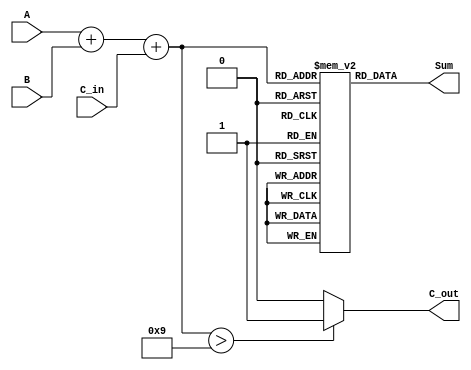
module BCD_LUT_Adder (
    input  [3:0] A,      // First BCD digit
    input  [3:0] B,      // Second BCD digit
    input        C_in,    // Carry-in
    output [3:0] Sum,     // BCD sum output
    output       C_out     // Carry-out
);

    // Intermediate sum (5 bits to accommodate carry)
    wire [4:0] S;
    assign S = A + B + C_in;

    // Look-Up Table for BCD correction
    reg [3:0] LUT [0:18]; // LUT for sums 0 to 18

    initial begin
        // Initialize the LUT with BCD valid outputs
        LUT[0]  = 4'b0000; // 0
        LUT[1]  = 4'b0001; // 1
        LUT[2]  = 4'b0010; // 2
        LUT[3]  = 4'b0011; // 3
        LUT[4]  = 4'b0100; // 4
        LUT[5]  = 4'b0101; // 5
        LUT[6]  = 4'b0110; // 6
        LUT[7]  = 4'b0111; // 7
        LUT[8]  = 4'b1000; // 8
        LUT[9]  = 4'b1001; // 9
        LUT[10] = 4'b0000; // 10 (carry out)
        LUT[11] = 4'b0001; // 11 (carry out)
        LUT[12] = 4'b0010; // 12 (carry out)
        LUT[13] = 4'b0011; // 13 (carry out)
        LUT[14] = 4'b0100; // 14 (carry out)
        LUT[15] = 4'b0101; // 15 (carry out)
        LUT[16] = 4'b0110; // 16 (carry out)
        LUT[17] = 4'b0111; // 17 (carry out)
        LUT[18] = 4'b1000; // 18 (carry out)
    end

    // Output assignment
    assign Sum = LUT[S[4:0]]; // Use the LUT to get the BCD sum
    assign C_out = (S > 9) ? 1'b1 : 1'b0; // Carry out if sum exceeds 9

endmodule